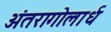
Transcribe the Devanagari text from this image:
अंतरागोलार्ध